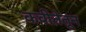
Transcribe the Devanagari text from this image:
कवीतेतून